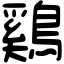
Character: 鷄